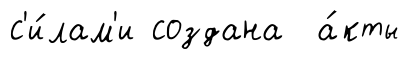
с'и́лам'и создана а́кты